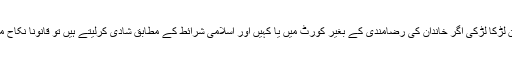
لیکن اگر مسلمان لڑکا لڑکی اگر خاندان کی رضامندی کے بغیر کورٹ میں یا کہیں اور اسلامی شرائط کے مطابق شادی کرلیتے ہیں تو قانوناً نکاح منعقد ہوجاتا ہے۔